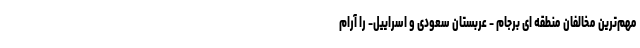
مهم‌ترین مخالفان منطقه ای برجام - عربستان سعودی و اسراییل- را آرام